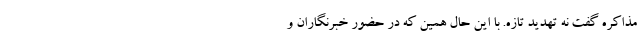
مذاکره گفت نه تهدید تازه. با این حال همین که در حضور خبرنگاران و